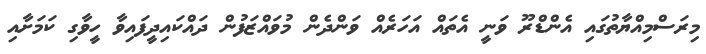
މިރަސްމިއްޔާތުގައި އެންޑްރޫ ވަނީ އެތައް އަހަރެއް ވަންދެން މުވައްޒަފުން ދައްކައިދީފައިވާ ހީވާގި ކަމަށާއި